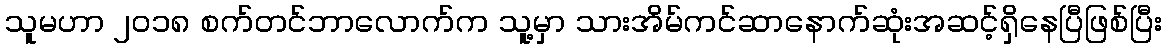
သူမဟာ ၂၀၁၈ စက်တင်ဘာလောက်က သူ့မှာ သားအိမ်ကင်ဆာနောက်ဆုံးအဆင့်ရှိနေပြီဖြစ်ပြီး